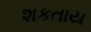
શકતાય